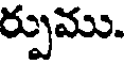
ర్పుము.